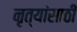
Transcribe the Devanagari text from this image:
नृत्यांसाठी